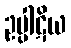
ဥပ္ပါဋိယ